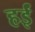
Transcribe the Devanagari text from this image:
हईं